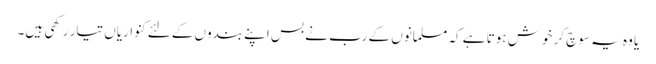
یا وہ یہ سوچ کر خوش ہوتا ہے کہ مسلمانوں کے رب نے بس اپنے بندوں کے لئےکنواریاں تیار رکھی ہیں۔